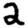
Digit: 2